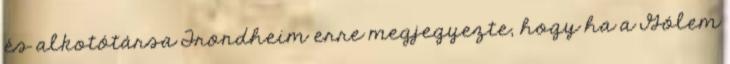
és alkotótársa Trondheim erre megjegyezte, hogy ha a Gólem